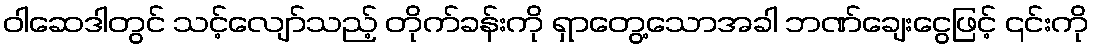
ဝါဆေဒါတွင် သင့်လျော်သည့် တိုက်ခန်းကို ရှာတွေ့သောအခါ ဘဏ်ချေးငွေဖြင့် ၎င်းကို